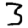
Digit: 3